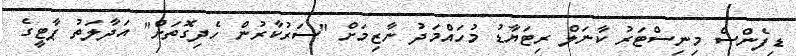
ޑިފެންސް މިނިސްޓަރު ކާނަލް ރިޓަޔާޑު މުހައްމަދު ނާޒިމަށް "ސަރުކާރުން ހެދިގޮތަށް" އަދާލަތު ޕާޓީގެ